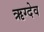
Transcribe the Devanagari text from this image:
ऋग्देव